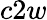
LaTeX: c2w